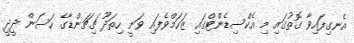
އެނގިފައިވާ ގޮތުގައި މި އެކްސިޑެންޓްގައި ޒަހަމްވެފައި ވަނީ ހިތަދޫ ޗިޗަންޑާގެ ހަސަން ދީދީ